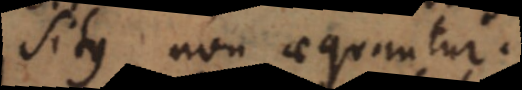
situs non aequantur.